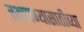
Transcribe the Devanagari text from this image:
स्थापण्यासाठीच्या